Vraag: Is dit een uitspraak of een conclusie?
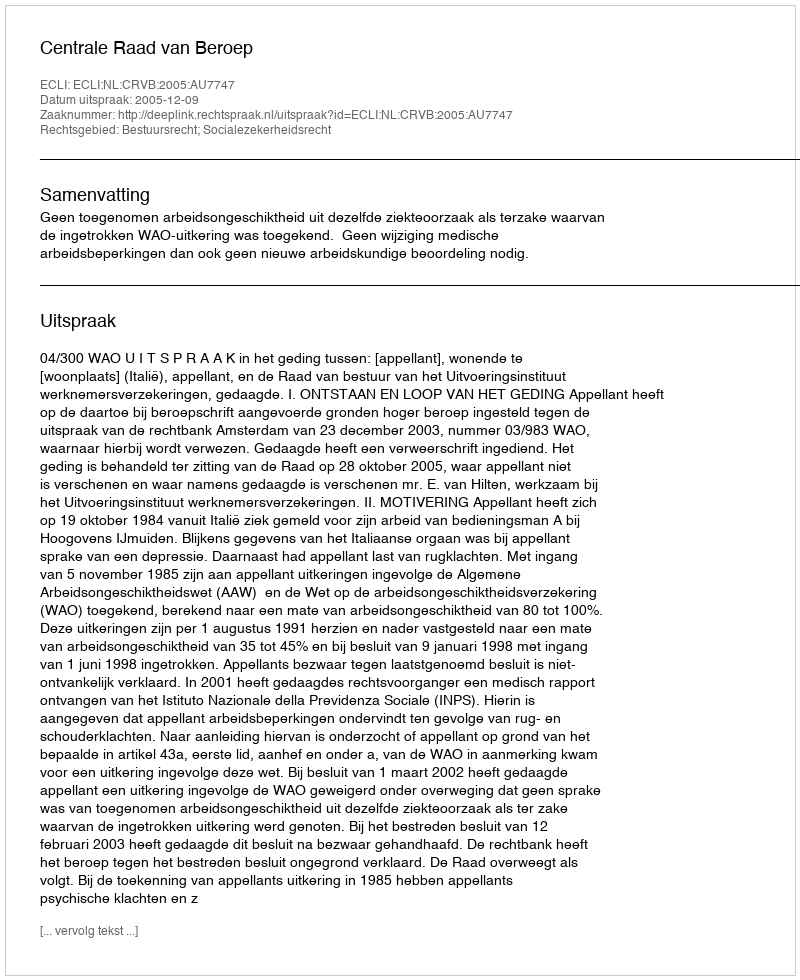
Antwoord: Uitspraak